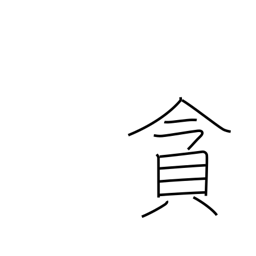
Meaning: indulge in